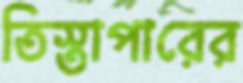
তিস্তাপারের